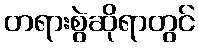
တရားစွဲဆိုရာတွင်